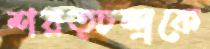
শরত্চন্দ্রকে